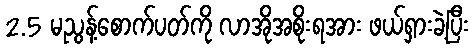
2.5 မညွန့်စောက်ပတ်ကို လာအိုအစိုးရအား ဖယ်ရှားခဲ့ပြီး